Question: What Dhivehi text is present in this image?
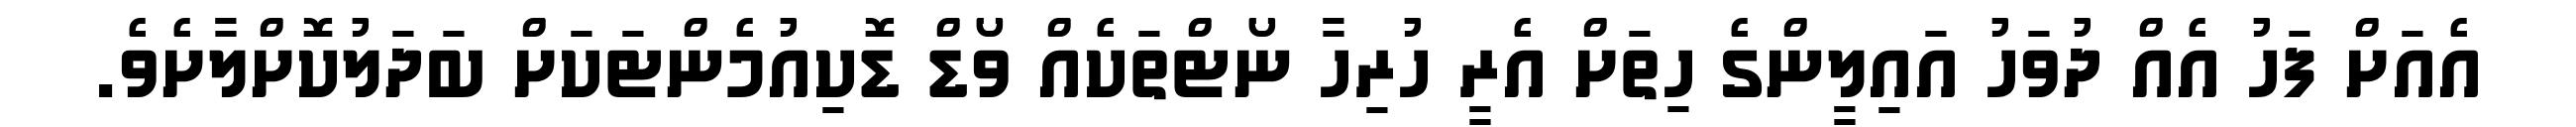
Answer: އެއަށް ފަހު އެއް ދުވަހު އައިލީންގެ ހިތަށް އެރީ ހުރިހާ ނޯޓްތަކެއް ވޯޑް ޑޮކިއުމެންޓަކަށް ބަދަލުކޮށްލާށެވެ.